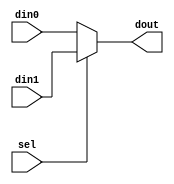

`timescale 1ns/1ns
module mux2to1
    #(parameter N=32)
    (input [N-1:0] din0,
    input [N-1:0] din1,
    input sel,
    output [N-1:0] dout);
    
assign dout = sel ? din1 : din0;

endmodule